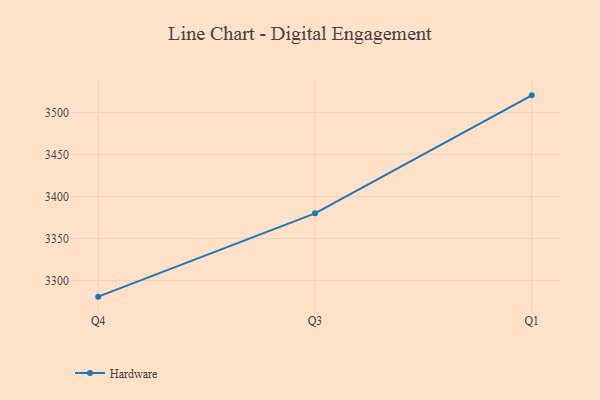
{"axis": {"x": "Quarter", "y": "Budget (USD K)"}, "legend": ["Hardware"], "data": [{"x": "Q4", "y": 3280.8, "type": "Hardware"}, {"x": "Q3", "y": 3380.0, "type": "Hardware"}, {"x": "Q1", "y": 3520.5, "type": "Hardware"}]}